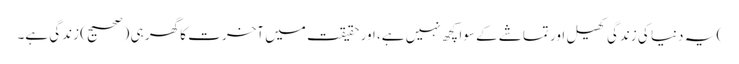
) یہ دنیا کی زندگی کھیل اور تماشے کے سوا کچھ نہیں ہے، اور حقیقت میں آخرت کا گھر ہی (صحیح) زندگی ہے۔